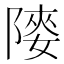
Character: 𨻤